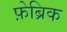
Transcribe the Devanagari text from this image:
फ़ेब्रिक